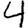
Digit: 4